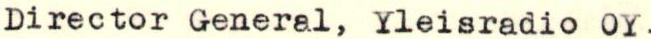
Director General, Yleisradio OY